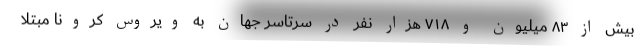
بیش از ۸۳ میلیون و ۷۱۸ هزار نفر در سرتاسر جهان به ویروس کرونا مبتلا